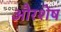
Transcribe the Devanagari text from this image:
औरशेष